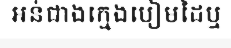
ឣន់ជាងក្មេងបៀមដៃឬ